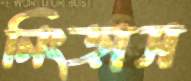
নিংড়াস